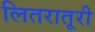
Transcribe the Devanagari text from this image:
लितरातूरी